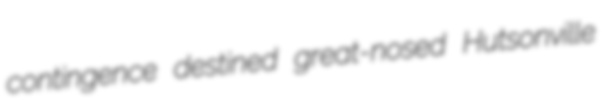
contingence destined great-nosed Hutsonville